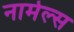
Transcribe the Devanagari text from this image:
नार्मल्स